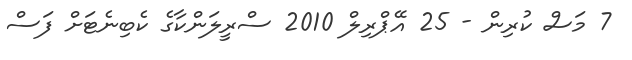
7 މަސް ކުރިން - 25 އޭޕްރިލް 2010 ސްރީލަންކާގެ ކެބިނެޓަށް ފަސް